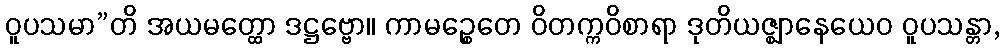
ဝူပသမာ”တိ အယမတ္ထော ဒဋ္ဌဗ္ဗော။ ကာမဉ္စေတေ ဝိတက္ကဝိစာရာ ဒုတိယဇ္ဈာနေယေဝ ဝူပသန္တာ,